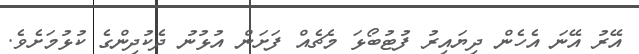
އޭރު އޭނަ އެހެން ދިޔައިރު ފުޓުބޯޅަ މެޗެއް ފަށަން އުޅުނު ދެކުދިންގެ ކުޅުމަށެވެ.